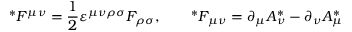
{ } ^ { * } F ^ { \mu \nu } = \frac 1 2 \varepsilon ^ { \mu \nu \rho \sigma } F _ { \rho \sigma } , \qquad { } ^ { * } F _ { \mu \nu } = \partial _ { \mu } A _ { \nu } ^ { * } - \partial _ { \nu } A _ { \mu } ^ { * }